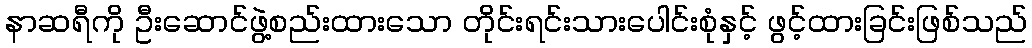
နာဆရီကို ဦးဆောင်ဖွဲ့စည်းထားသော တိုင်းရင်းသားပေါင်းစုံနှင့် ဖွင့်ထားခြင်းဖြစ်သည်